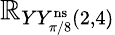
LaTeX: \mathbb{R}_{YY_{\pi/8}^{\mathrm{{ns}}}(2,4)}